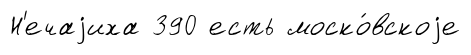
Н'ечаjиха 390 есть моско́вскоjе